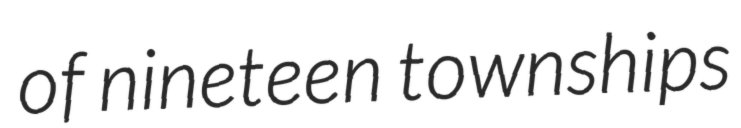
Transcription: of nineteen townships